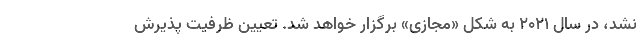
نشد، در سال ۲۰۲۱ به شکل «مجازی» برگزار خواهد شد. تعیین ظرفیت پذیرش